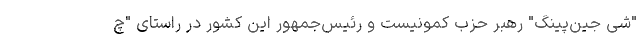
"شی جین‌پینگ" رهبر حزب کمونیست و رئیس‌جمهور این کشور در راستای "چ